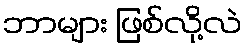
ဘာများ ဖြစ်လို့လဲ